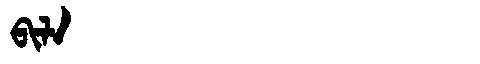
Manchu: ᠪᡳᠯᠠ
Romanization: BILA